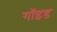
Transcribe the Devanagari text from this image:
गॉइड